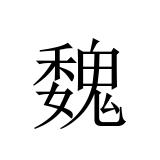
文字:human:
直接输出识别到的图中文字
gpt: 魏